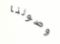
وصولنا